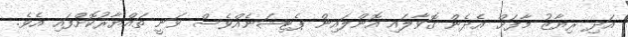
އަދި ރިޔާޒު މާފަށް އެދެން ގޮވާލައި އޮންލައިން ޕެޓިޝަނެއްވެސް ވަނީ ތައްޔާރުކޮށްފައި އެވެ.